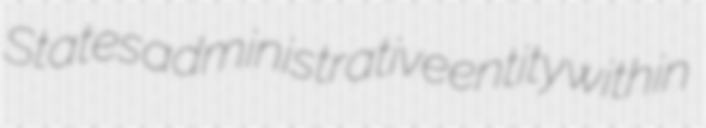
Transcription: States administrative entity within